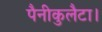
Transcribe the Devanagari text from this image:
पैनीकुलैटा।